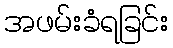
အဖမ်းခံရခြင်း